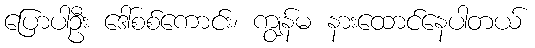
ပြောပါဦး ဒေါ်စစ်ကောင်း၊ ကျွန်မ နားထောင်နေပါတယ်